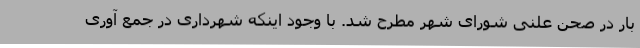
بار در صحن علنی شورای شهر مطرح شد. با وجود اینکه شهرداری در جمع آوری